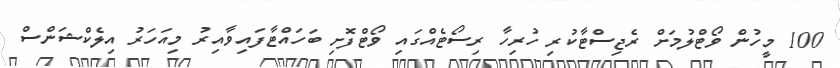
100 މީހުން ވޯޓްލުމަށް ރެޖިސްޓާކުރި ހުރިހާ ރިސޯޓެއްގައި ވޯޓްފޮށި ބަހައްޓާފައިވާއިރު މިއަހަރު އިލެކްޝަންސް